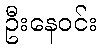
ဦးနေဝင်း